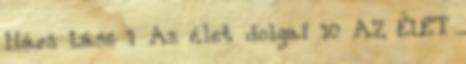
Hárs Lász 1 Az élet dolgai 10 AZ ÉLET